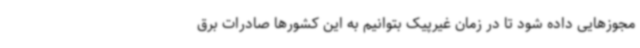
مجوزهایی داده شود تا در زمان غیرپیک بتوانیم به این کشورها صادرات برق